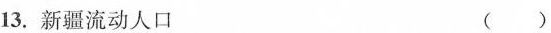
13.新疆流动人口 ()